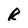
Character: R